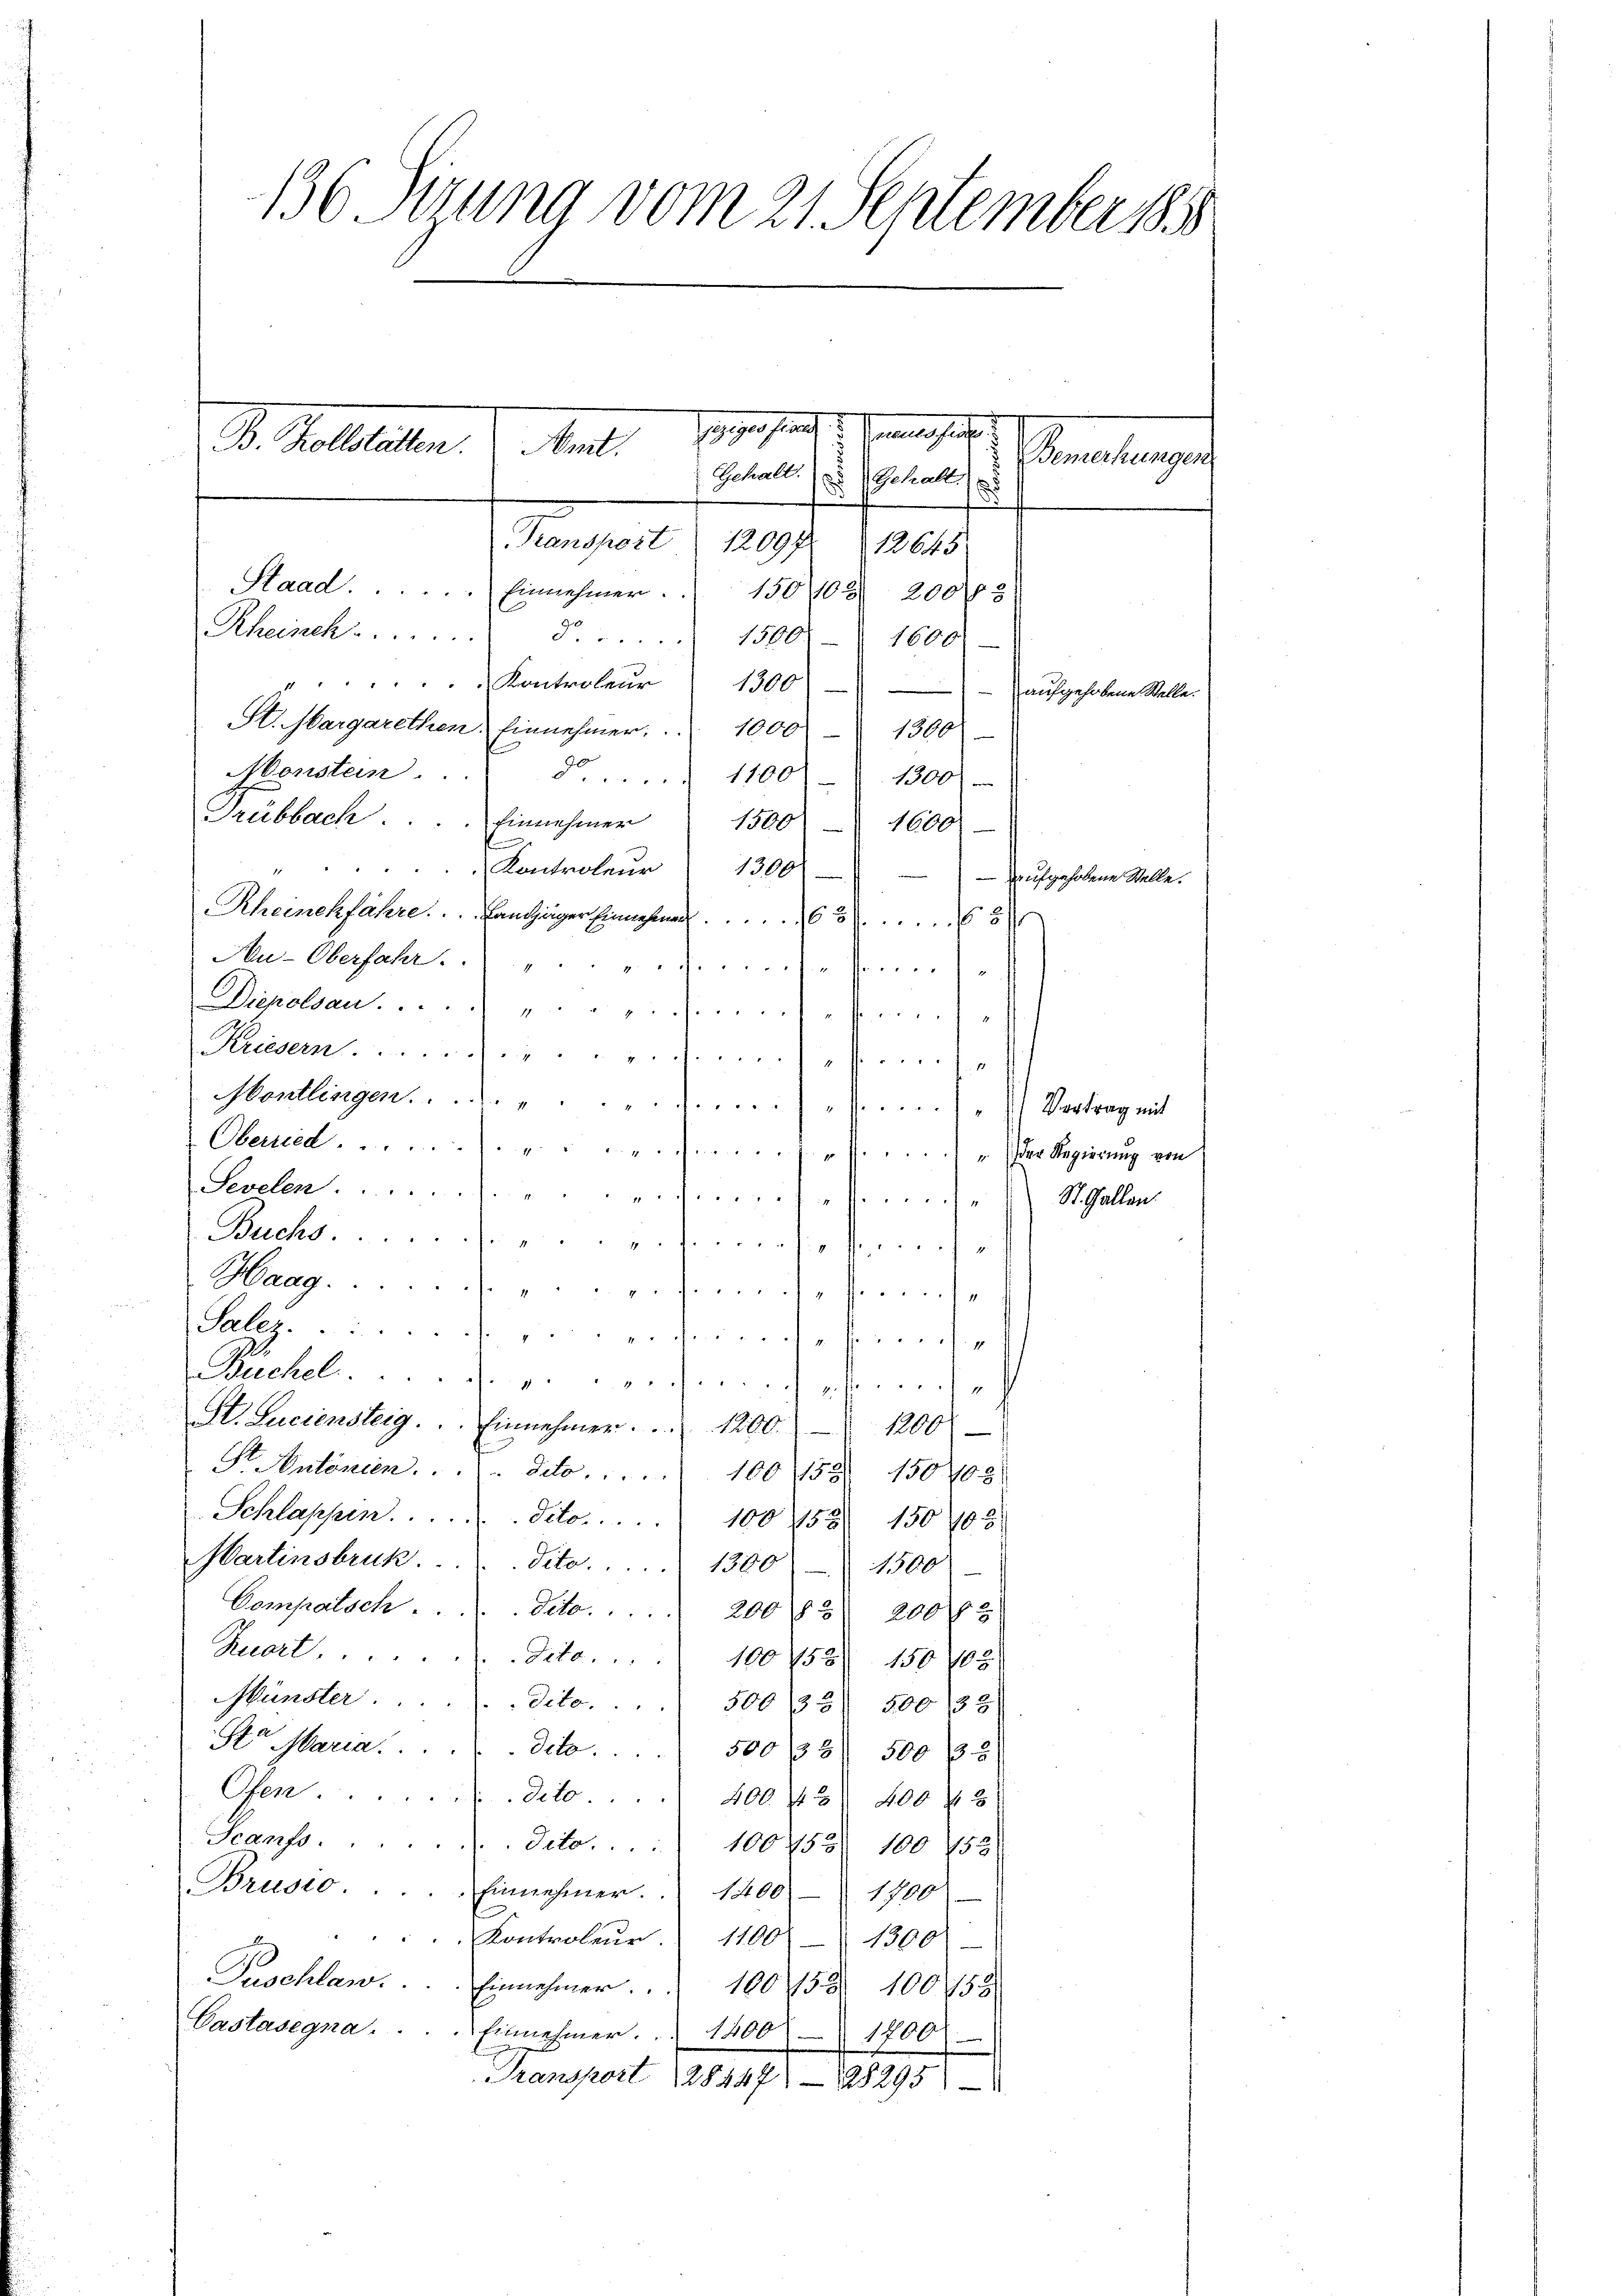
136 Sirung vom 21. September 188

200/18
Rheinch. §. 1500.-) 1600.
Kontroleur 1300) aufgehobene Stelle.
St. Margarethen. Einnehmer. 1000 - 1300
Monstein.
 1100. 1300)
Trubbach . . . . Einnehmer 1500 " 1600
Kontroleur  1300
Rheinchfahre.  .. ..  Landzüger Einnahmen. 668
Au-Oberfahr.
te
Dickelsau.  ..  ..  ..  .. ........
t
Kriesern
s
Moullingen.  ..  ..  Vortrag mit
Oberie ................) " der Regierung von
Sevelen . . . . .
eigenses inde St. Gallen
Buchs. . . . . . densessern
 Haag.
fenge herrs
Saleze uns zuerschehende
Büchel
v. Reicherlich gese
St. Luciensteig. Einnahmen. 1200.
1200
Pr. Antonien . . . . dato 100 158 150,00
Schlappen. . . . . . . dito. . . . . 100 155. 150 105.
Martinsbruk. "dito. . . 1300 - 1500
Compatsch . . . . . . deto . . . . 200 f 3 200 f
Ruart ...
Dato . . . . 100758 150 408
Münster ..  ..  ..  ..  ...dito. 500 333. 500 35
St Maria. . . . . . . deto 500 33 500 f 2
Ofen . . . . . . . deto . . . . 400 f 400 f 3
Scanfs. . . . . . dito. 100455. 100 752
Brusto . . . . . Einnehmer.  1400 - 1700
Kontroleur. 1100
1500f
Puschlawn. . . . . . Einnehmer. 1005 § 100752
Vastasegna . . . . Einnehmer.  1400 1800
Transport 2844788295)

Eigen stander Genuss ich
. Galletten.
Anit.
Bemerkungen
Gchalt (s. Schalt
Transport 12094
12645

Saad.  ..  ..  .. ..  ..   Einnehmer.   150 102

-aufgehobene Stelle.